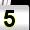
Digit: 5